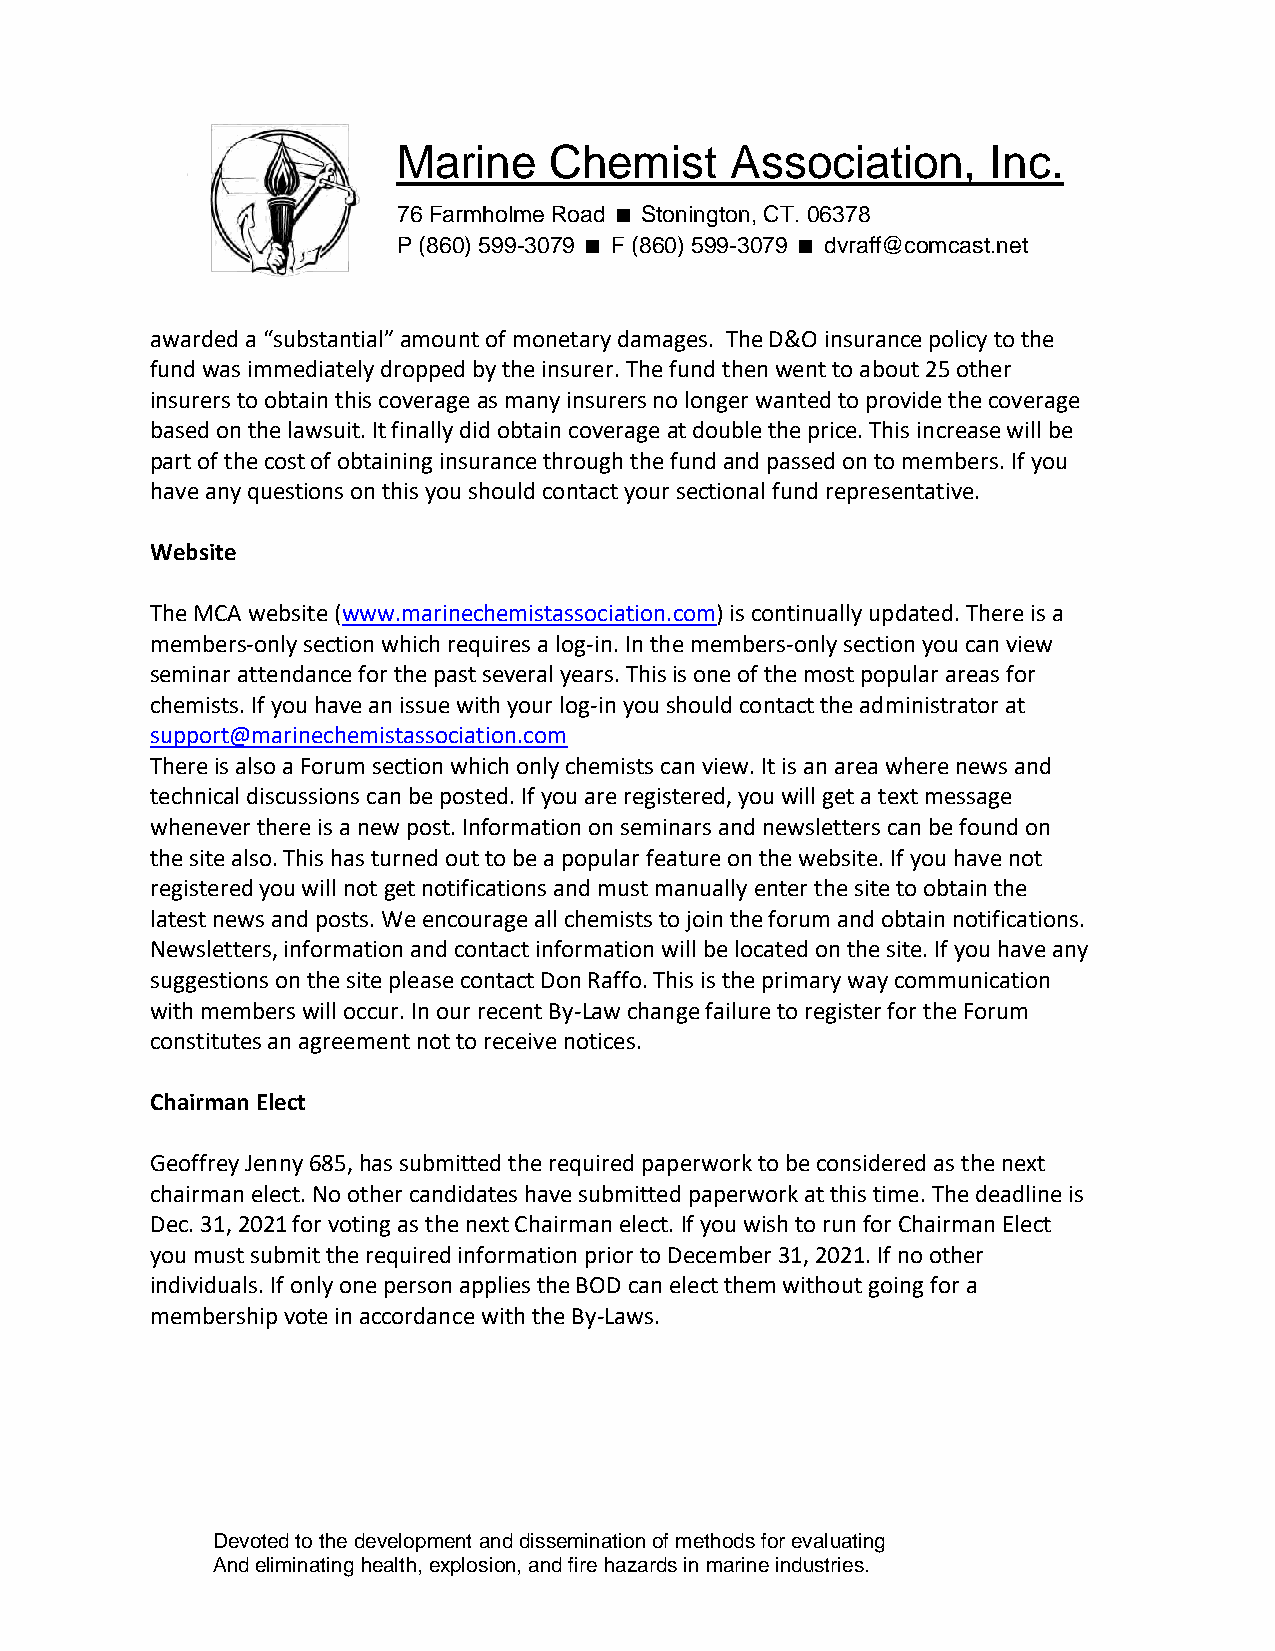
Marine    Chemist     Association,      Inc.
 76 Farmholme Road Stonington, CT. 06378
 P (860) 599-3079 F (860) 599-3079 dvraff@comcast.net
 awarded a “substantial” amount of monetary damages. The D&O insurance policy to the
 fund was immediately dropped by the insurer. The fund then went to about 25 other
 insurers to obtain this coverage as many insurers no longer wanted to provide the coverage
 based on the lawsuit. It finally did obtain coverage at double the price. This increase will be
 part of the cost of obtaining insurance through the fund and passed on to members. If you
 have any questions on this you should contact your sectional fund representative.
 Website
 The MCA website (www.marinechemistassociation.com) is continually updated. There is a
 members-only section which requires a log-in. In the members-only section you can view
 seminar attendance for the past several years. This is one of the most popular areas for
 chemists. If you have an issue with your log-in you should contact the administrator at
 support@marinechemistassociation.com
 There is also a Forum section which only chemists can view. It is an area where news and
 technical discussions can be posted. If you are registered, you will get a text message
 whenever there is a new post. Information on seminars and newsletters can be found on
 the site also. This has turned out to be a popular feature on the website. If you have not
 registered you will not get notifications and must manually enter the site to obtain the
 latest news and posts. We encourage all chemists to join the forum and obtain notifications.
 Newsletters, information and contact information will be located on the site. If you have any
 suggestions on the site please contact Don Raffo. This is the primary way communication
 with members will occur. In our recent By-Law change failure to register for the Forum
 constitutes an agreement not to receive notices.
 Chairman Elect
 Geoffrey Jenny 685, has submitted the required paperwork to be considered as the next
 chairman elect. No other candidates have submitted paperwork at this time. The deadline is
 Dec. 31, 2021 for voting as the next Chairman elect. If you wish to run for Chairman Elect
 you must submit the required information prior to December 31, 2021. If no other
 individuals. If only one person applies the BOD can elect them without going for a
 membership vote in accordance with the By-Laws.
 Devoted to the development and dissemination of methods for evaluating
 And eliminating health, explosion, and fire hazards in marine industries.